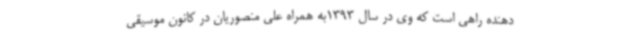
دهنده راهی است که وی در سال 1393به همراه علی منصوریان در کانون موسیقی